Indian journal of veterinary science and animal husbandry - Volume 9,
Year: 1939
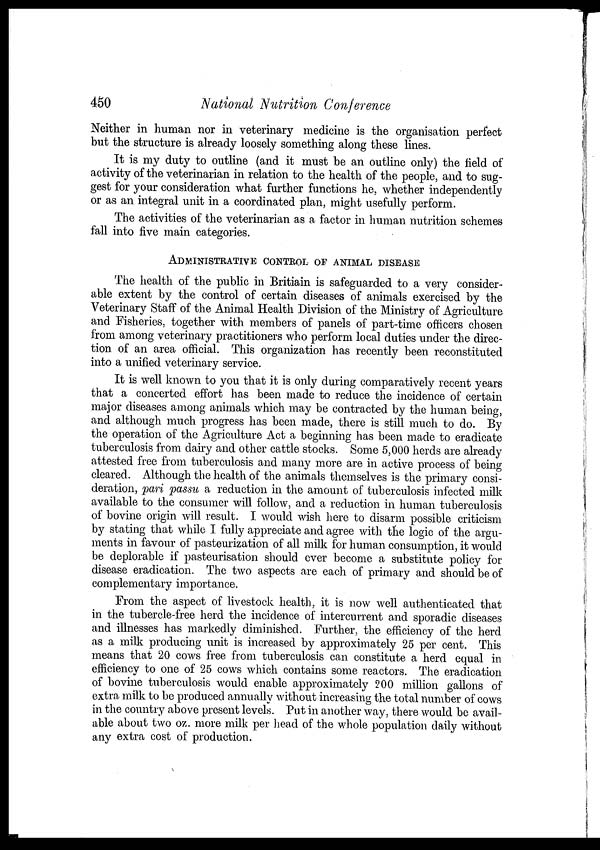
450
National Nutrition Conference
Neither in human nor in veterinary medicine is the organisation perfect
but the structure is already loosely something along these lines.
It is my duty to outline (and it must be an outline only) the field of
activity of the veterinarian in relation to the health of the people, and to sug-
gest for your consideration what further functions he, whether independently
or as an integral unit in a coordinated plan, might usefully perform.
The activities of the veterinarian as a factor in human nutrition schemes
fall into five main categories.
ADMINISTRATIVE CONTROL OF ANIMAL DISEASE
The health of the public in Britiain is safeguarded to a very consider-
able extent by the control of certain diseases of animals exercised by the
Veterinary Staff of the Animal Health Division of the Ministry of Agriculture
and Fisheries, together with members of panels of part-time officers chosen
from among veterinary practitioners who perform local duties under the direc-
tion of an area official. This organization has recently been reconstituted
into a unified veterinary service.
It is well known to you that it is only during comparatively recent years
that a concerted effort has been made to reduce the incidence of certain
major diseases among animals which may be contracted by the human being,
and although much progress has been made, there is still much to do. By
the operation of the Agriculture Act a beginning has been made to eradicate
tuberculosis from dairy and other cattle stocks. Some 5,000 herds are already
attested free from tuberculosis and many more are in active process of being
cleared. Although the health of the animals themselves is the primary consi-
deration, 'pari passu a reduction in the amount of tuberculosis infected milk
available to the consumer will follow, and a reduction in human tuberculosis
of bovine origin will result. I would wish here to disarm possible criticism
by stating that while I fully appreciate and agree with the logic of the argu-
ments in favour of pasteurization of all milk for human consumption, it would
be deplorable if pasteurisation should ever become a substitute policy for
disease eradication. The two aspects are each of primary and should be of
complementary importance.
From the aspect of livestock health, it is now well authenticated that
in the tubercle-free herd the incidence of intercurrent and sporadic diseases
and illnesses has markedly diminished. Further, the efficiency of the herd
as a milk producing unit is increased by approximately 25 per cent. This
means that 20 cows free from tuberculosis can constitute a herd equal in
efficiency to one of 25 cows which contains some reactors. The eradication
of bovine tuberculosis would enable approximately 200 million gallons of
extra milk to be produced annually without increasing the total number of cows
in the country above present levels. Put in another way, there would be avail-
able about two oz. more milk per head of the whole population daily without
any extra cost of production.